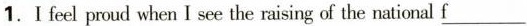
1.I feel proud when I see the raising of the national \underline{f}